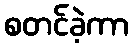
စတင်ခဲ့ကာ